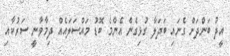
އީދު ބަންދަށް ގެނައި ބަދަލާ ގުޅިގެން އެންމެ ބޮޑު މައްސަލައެއް ދިމާވާނީ ސަރުކާއި